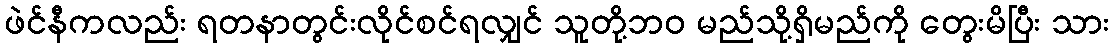
ဖဲင်နီကလည်း ရတနာတွင်းလိုင်စင်ရလျှင် သူတို့ဘဝ မည်သို့ရှိမည်ကို တွေးမိပြီး သား